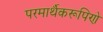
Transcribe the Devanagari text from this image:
परमार्थैकरूपिणे